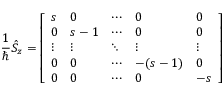
{ \frac { 1 } { \hbar } } { \hat { S } } _ { z } = { \left[ \begin{array} { l l l l l } { s } & { 0 } & { \cdots } & { 0 } & { 0 } \\ { 0 } & { s - 1 } & { \cdots } & { 0 } & { 0 } \\ { \vdots } & { \vdots } & { \ddots } & { \vdots } & { \vdots } \\ { 0 } & { 0 } & { \cdots } & { - ( s - 1 ) } & { 0 } \\ { 0 } & { 0 } & { \cdots } & { 0 } & { - s } \end{array} \right] }